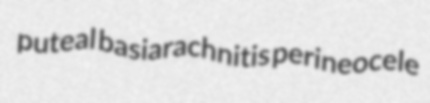
puteal basiarachnitis perineocele